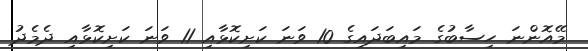
މޭއޮންނަ ހިސާބުގެ މައިބަދައިގެ 10 ވަނަ ކަށިކޮޅާއި 11 ވަނަ ކަށިކޮޅާއި ދެމެދު